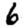
Digit: 6